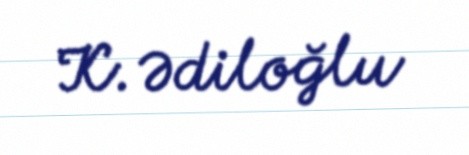
K. Ədiloğlu